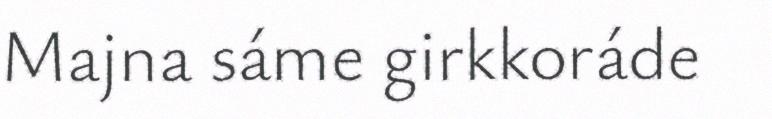
Majna sáme girkkoráde